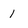
Character: 1